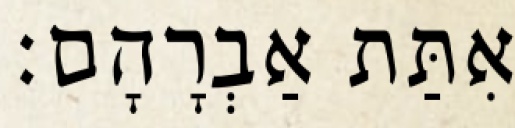
אִתַּת אַבְרָהָם׃